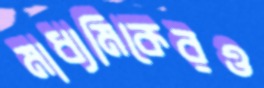
মাধ্যমিকেরও